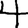
Digit: 4